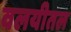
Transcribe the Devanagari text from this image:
वलयीतल